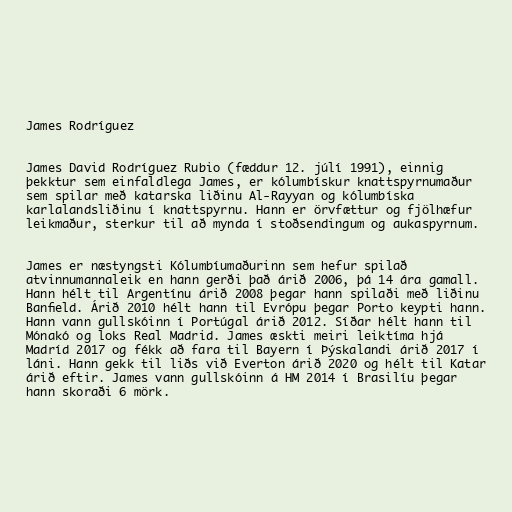
James Rodríguez

James David Rodríguez Rubio (fæddur 12. júlí 1991), einnig
þekktur sem einfaldlega James, er kólumbískur knattspyrnumaður
sem spilar með katarska liðinu Al-Rayyan og kólumbíska
karlalandsliðinu í knattspyrnu. Hann er örvfættur og fjölhæfur
leikmaður, sterkur til að mynda í stoðsendingum og aukaspyrnum.

James er næstyngsti Kólumbíumaðurinn sem hefur spilað
atvinnumannaleik en hann gerði það árið 2006, þá 14 ára gamall.
Hann hélt til Argentínu árið 2008 þegar hann spilaði með liðinu
Banfield. Árið 2010 hélt hann til Evrópu þegar Porto keypti hann.
Hann vann gullskóinn í Portúgal árið 2012. Síðar hélt hann til
Mónakó og loks Real Madrid. James æskti meiri leiktíma hjá
Madríd 2017 og fékk að fara til Bayern í Þýskalandi árið 2017 í
láni. Hann gekk til liðs við Everton árið 2020 og hélt til Katar
árið eftir. James vann gullskóinn á HM 2014 í Brasilíu þegar
hann skoraði 6 mörk.